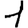
Digit: 1